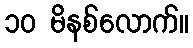
၁၀ မိနစ်လောက်။